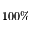
1 0 0 \%